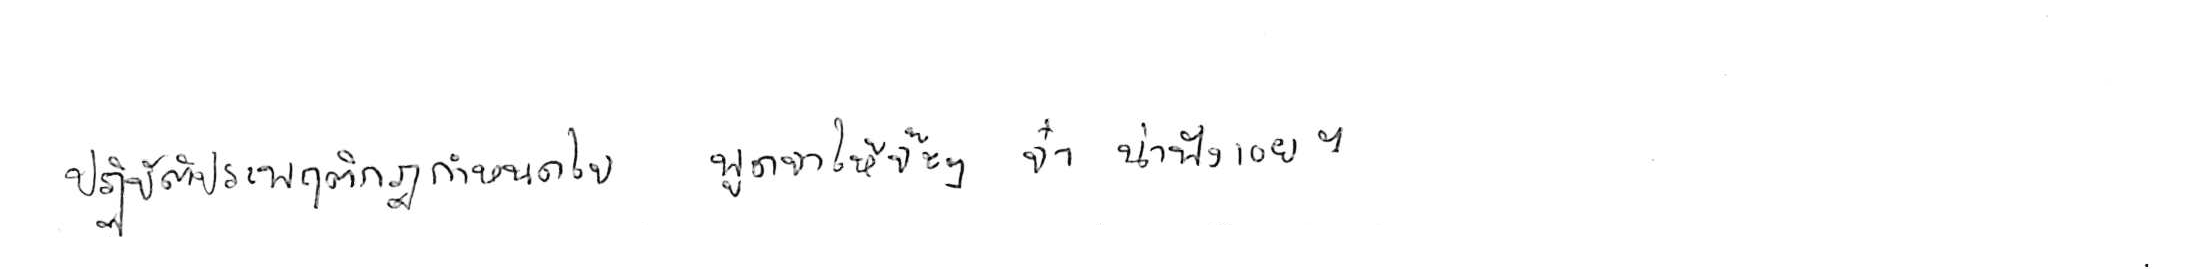
ปฏิบัติประพฤติกฎกำหนดใจ พูดจาให้จ๊ะๆ จ๋า น่าฟังเอยฯ